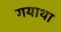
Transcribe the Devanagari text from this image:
गयाथा